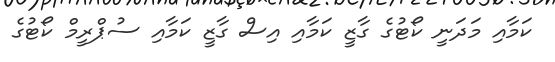
ކަމާއި މަދަނީ ކޯޓުގެ ގާޒީ ކަމާއި އިސް ގާޒީ ކަމާއި ސުޕްރީމް ކޯޓުގެ